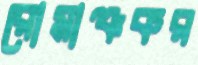
রোমাঞ্চকর